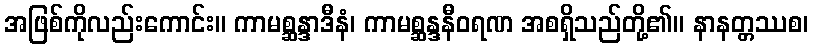
အဖြစ်ကိုလည်းကောင်း။ ကာမစ္ဆန္ဒာဒီနံ၊ ကာမစ္ဆန္ဒနီဝရဏ အစရှိသည်တို့၏။ နာနတ္တဿစ၊